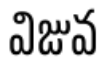
విజువ